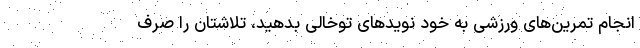
انجام تمرین‌های ورزشی به خود نویدهای توخالی بدهید، تلاشتان را صرف